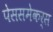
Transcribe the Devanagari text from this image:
पेससमेकर्स